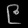
Digit: ၉